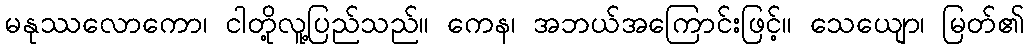
မနုဿလောကော၊ ငါတို့လူ့ပြည်သည်။ ကေန၊ အဘယ်အကြောင်းဖြင့်။ သေယျော၊ မြတ်၏